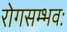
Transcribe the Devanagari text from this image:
रोगसम्भवः